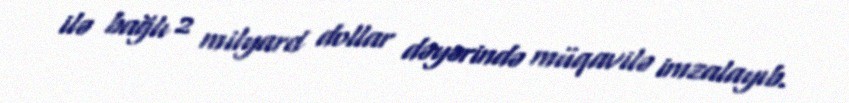
ilə bağlı 2 milyard dollar dəyərində müqavilə imzalayıb.